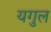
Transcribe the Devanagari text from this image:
यगुल